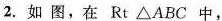
2.如图，在△ABC 中，